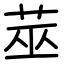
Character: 莁